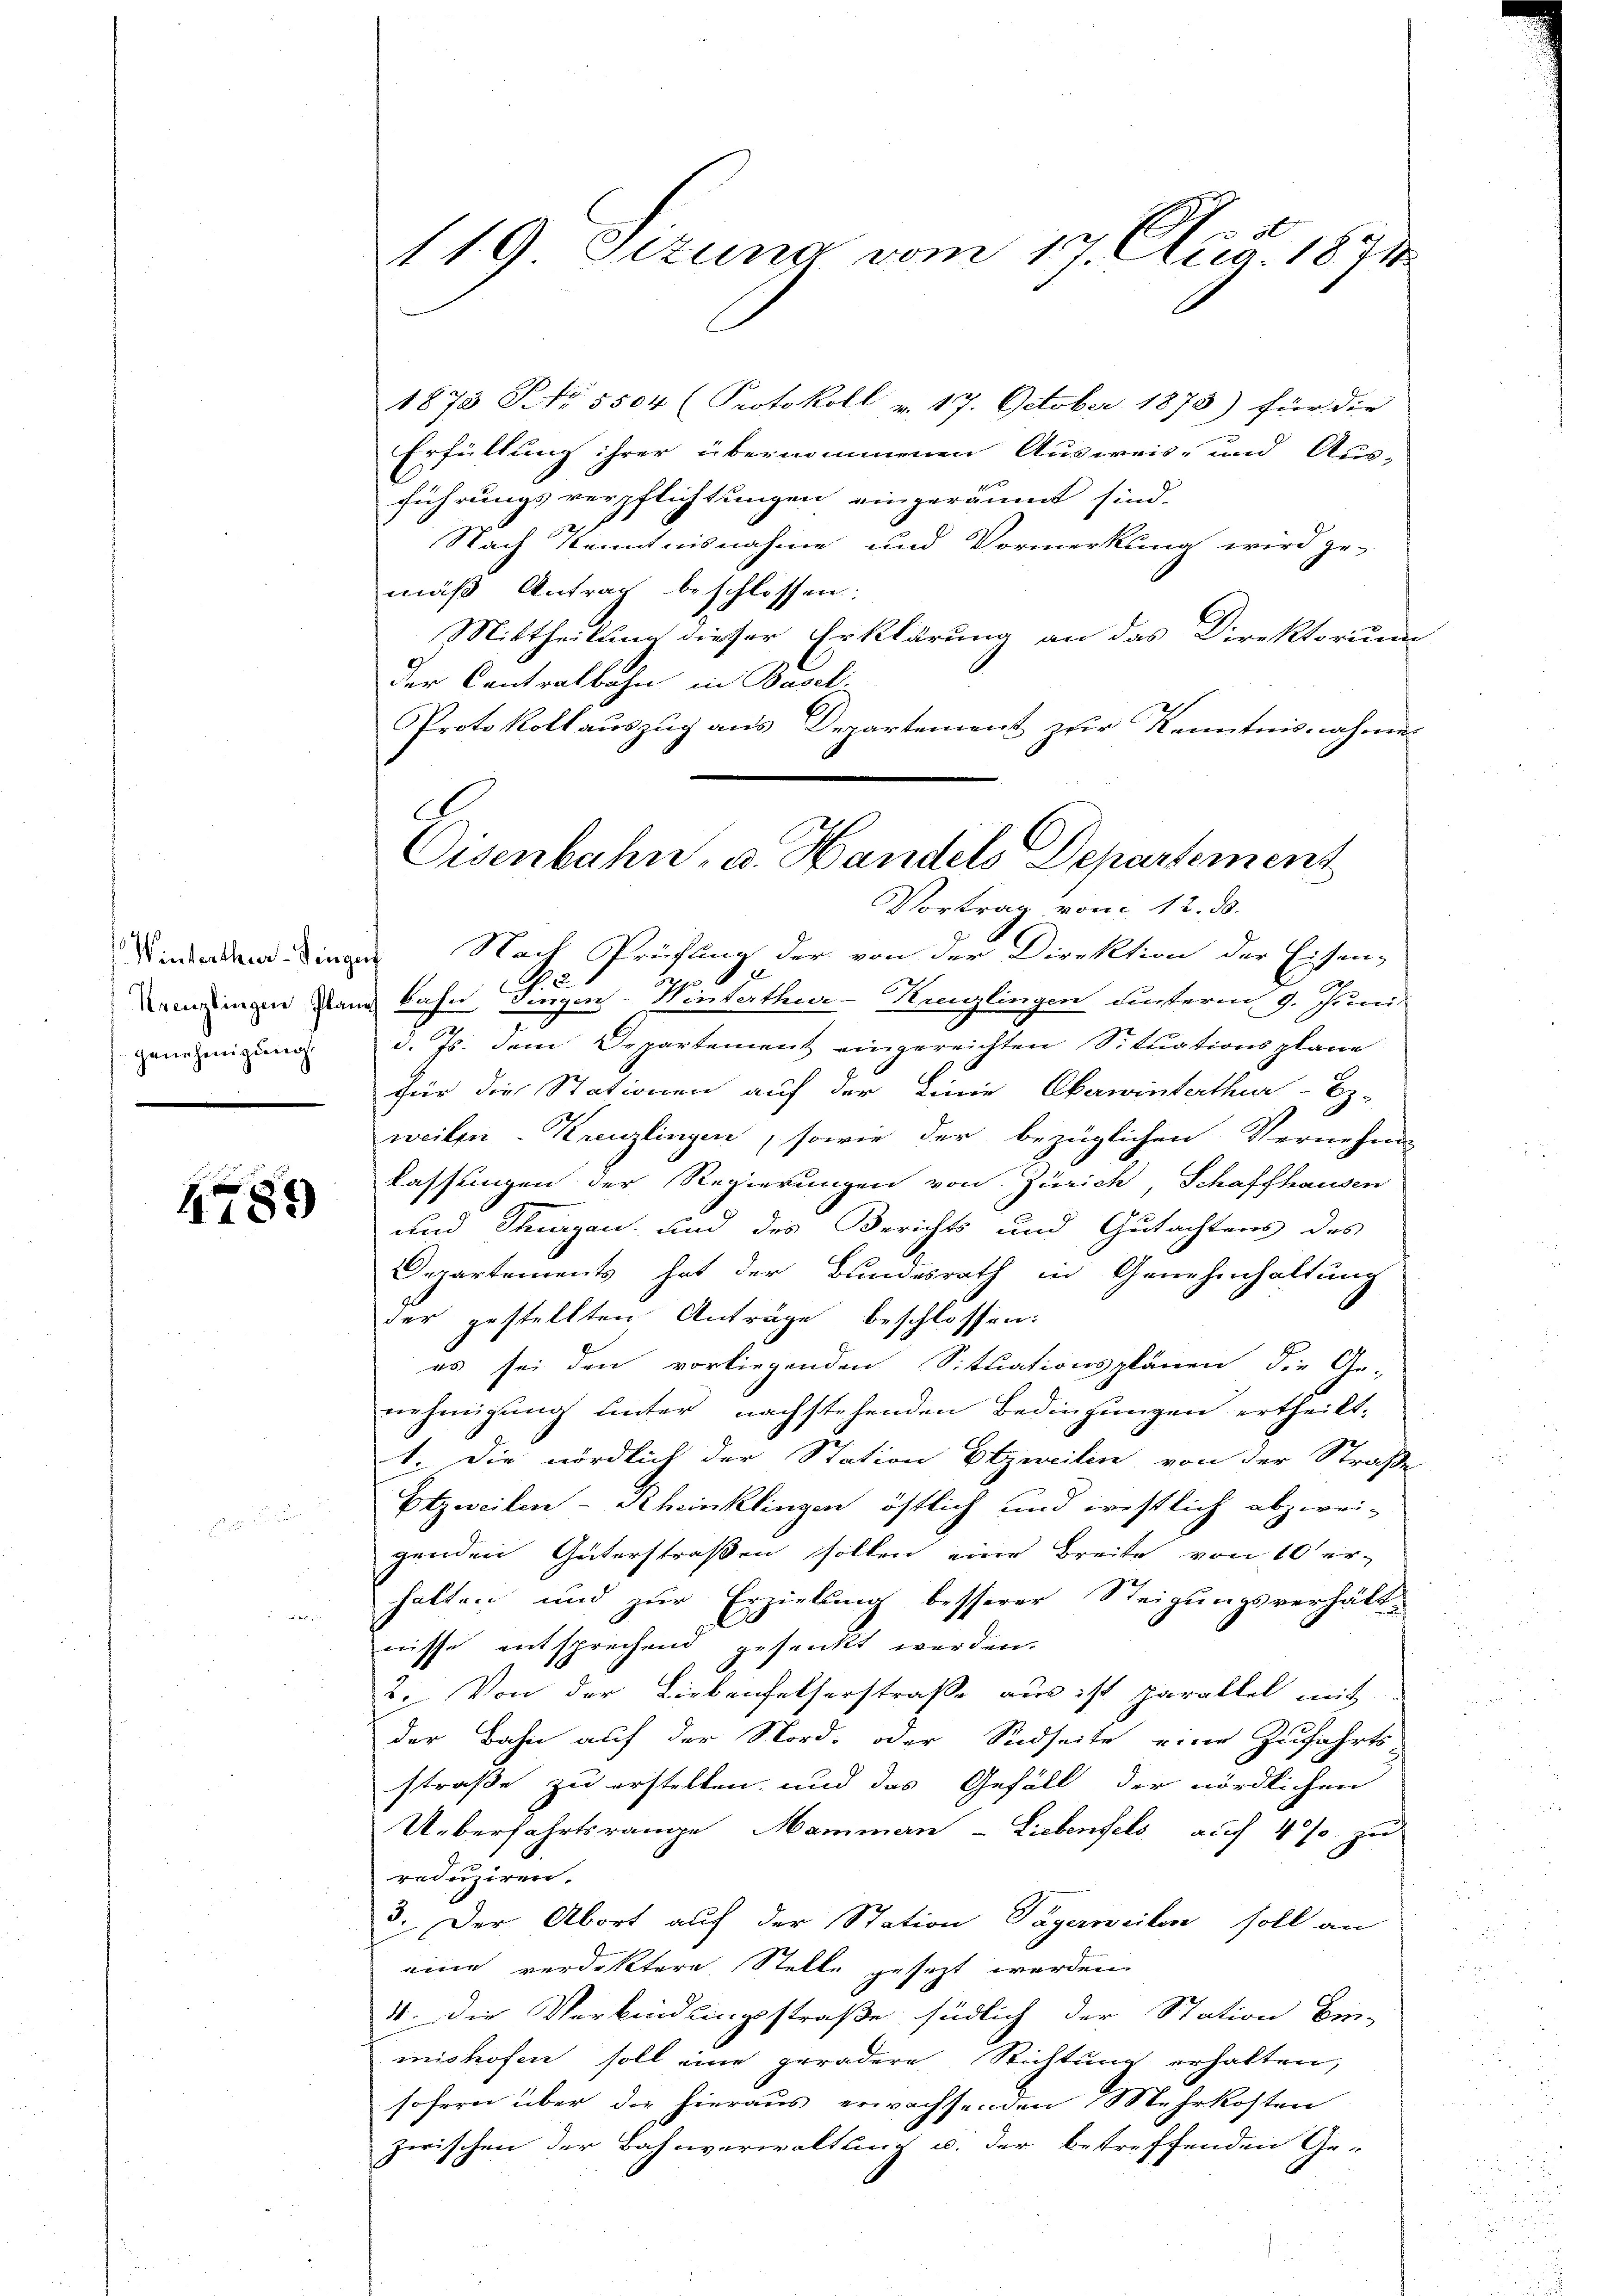
Winterthen Dinge
Kreuzlingen, Planz
genehmigŭngs

4789

119 Sezung vom 17. Octb. 1874

1873 P No. 5504 (Protokoll v. 17. October 1873) für die
Erfüllung ihrer übernommenen Ausweis- und Aus-
führungsverpflichtungen eingeräumt sind.
Nach Kenntnisnahme und Vormerkung wird ge-
mäß Antrag beschlossen.
Mittheilung dieser Erklärung an das Direktorium
der Centralbahn in Basel-
Protokollauszug aus Departement zur Kenntnisnahmen
Nach Prüfung der von der Direktion der Eisen-
bahn Singen-Winterthur-Kreuzlingen unterm 9. Juni
d. Js. dem Departement eingereichten Situationsplane
für die Stationen auf der Linie Oberwinterthur-E.
weilen Kanzlingen, sowie der bezüglichen Vernehm
lassungen der Regierungen von Zürich, Schaffhausen
und Thurgau, und des Berichts und Gutachtens des
Departements hat der Bundesrath in Genehmhaltung
der gestellten Anträge beschlossen:
es sei den vorliegenden Situationsplänen die Ge-
nehmigŭng ŭnter nachstehenden Bedingŭngen ertheilt.
1. Die nördlich der Station Elzweilin von der Straße
Etzweiten-Scheinklingen östlich und irestlich abzwei-
genden Güterstraßen sollen eine Breite von 10 er-
halten und zur Erzielung besserer Steigungsverhält-
nisse entsprechend gesenkt werden.
2. Von der Liebenfelserstraße aus ist parallel mit
der Bahn auf der Nord- oder Südseite eine Zufahrts-
straße zu erstellen, und das Gefäll der nördlichen
Ueberfahrtsrange Hammern - Liebenfels auf 4 % zu
reduziren.
3. Der Abort auf der Station Tägerweilen soll an
eine verdiktere Stelle gesezt werden
4. Die Verbindungsstraße südlich der Station Ein-
mishofen soll eine geradere Richtung erhalten,
sofern über des hieraus erwachsenden Mehrkosten
zwischen der Bahnverwaltung u. der betreffenden Ge-

g
Eisenbahn, u. Handels Departement
Vortrag vom 12. ds.